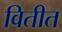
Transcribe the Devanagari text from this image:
वितीत